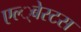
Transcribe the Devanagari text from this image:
एल्‍्बेस्टस